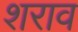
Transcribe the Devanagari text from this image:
शराव